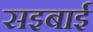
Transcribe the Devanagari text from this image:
सइबाई